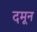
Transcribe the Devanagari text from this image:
दमून